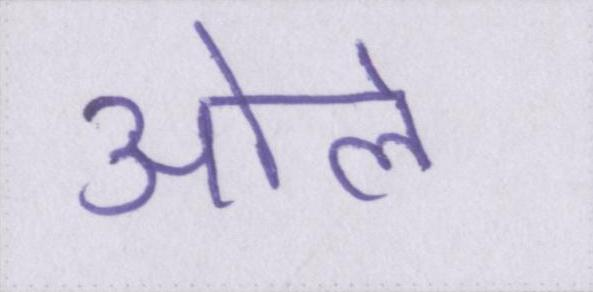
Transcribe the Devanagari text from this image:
ओले